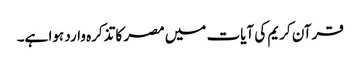
قرآن کریم کی آیات میں مصر کا تذکرہ وارد ہوا ہے۔